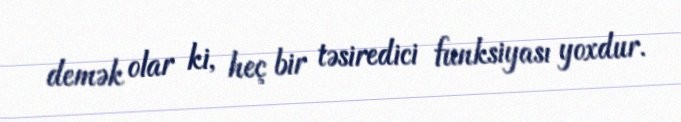
demək olar ki, heç bir təsiredici funksiyası yoxdur.